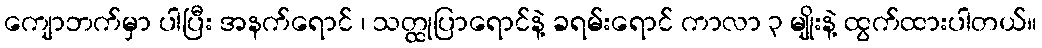
ကျောဘက်မှာ ပါပြီး အနက်ရောင် ၊ သတ္ထုပြာရောင်နဲ့ ခရမ်းရောင် ကာလာ ၃ မျိုးနဲ့ ထွက်ထားပါတယ်။